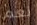
نعم